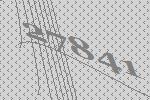
27841